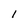
Character: l